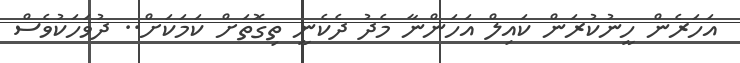
އަހަރެން ހީނުކުރަން ކައިލް އަހަންނާ މެދު ދެކެނީ ތިގޮތަށް ކަމަކަށް.. ދުވަހަކުވެސް